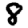
Digit: 8